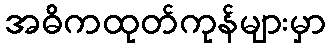
အဓိကထုတ်ကုန်များမှာ